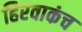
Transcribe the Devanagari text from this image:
हिरवाकंच